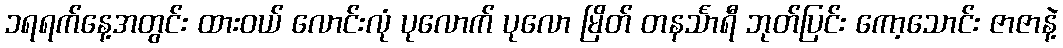
၁ရရက်နေ့အတွင်း ထားဝယ် လောင်းလုံ ပုလောက် ပုလော မြိတ် တနင်္သာရီ ဘုတ်ပြင်း ကော့သောင်း ဇာဇာနဲ့